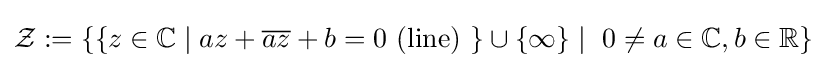
{\mathcal {Z}}:=\{\{z\in \mathbb {C} \mid az+{\overline {az}}+b=0\ {\text{(line)}}\ \}\cup \{\infty \}\mid \ 0\neq a\in \mathbb {C} ,b\in \mathbb {R} \}